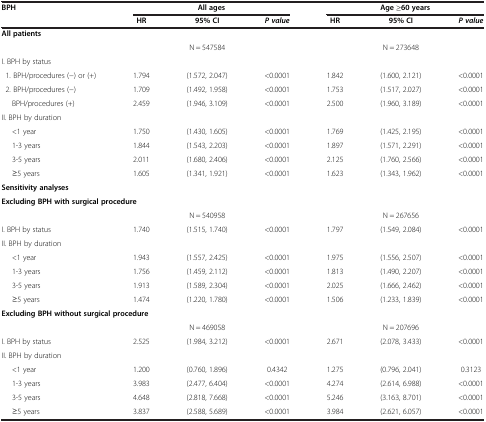
<table><thead><tr><td rowspan="2"><b>BPH</b></td><td colspan="3"><b>All ages</b></td><td colspan="3"><b>Age ≥60 years</b></td></tr><tr><td><b>HR</b></td><td><b>95% CI</b></td><td><b><i>P value</i></b></td><td><b>HR</b></td><td><b>95% CI</b></td><td><b><i>P value</i></b></td></tr></thead><tbody><tr><td><b>All patients</b></td><td> </td><td> </td><td> </td><td> </td><td> </td><td> </td></tr><tr><td> </td><td> </td><td>N = 547584</td><td> </td><td> </td><td>N = 273648</td><td> </td></tr><tr><td>I. BPH by status</td><td> </td><td> </td><td> </td><td> </td><td> </td><td> </td></tr><tr><td> 1. BPH/procedures (−) or (+)</td><td>1.794</td><td>(1.572, 2.047)</td><td>&lt;0.0001</td><td>1.842</td><td>(1.600, 2.121)</td><td>&lt;0.0001</td></tr><tr><td> 2. BPH/procedures (−)</td><td>1.709</td><td>(1.492, 1.958)</td><td>&lt;0.0001</td><td>1.753</td><td>(1.517, 2.027)</td><td>&lt;0.0001</td></tr><tr><td>BPH/procedures (+)</td><td>2.459</td><td>(1.946, 3.109)</td><td>&lt;0.0001</td><td>2.500</td><td>(1.960, 3.189)</td><td>&lt;0.0001</td></tr><tr><td>II. BPH by duration</td><td> </td><td> </td><td> </td><td> </td><td> </td><td> </td></tr><tr><td>&lt;1 year</td><td>1.750</td><td>(1.430, 1.605)</td><td>&lt;0.0001</td><td>1.769</td><td>(1.425, 2.195)</td><td>&lt;0.0001</td></tr><tr><td>1-3 years</td><td>1.844</td><td>(1.543, 2.203)</td><td>&lt;0.0001</td><td>1.897</td><td>(1.571, 2.291)</td><td>&lt;0.0001</td></tr><tr><td>3-5 years</td><td>2.011</td><td>(1.680, 2.406)</td><td>&lt;0.0001</td><td>2.125</td><td>(1.760, 2.566)</td><td>&lt;0.0001</td></tr><tr><td>≥5 years</td><td>1.605</td><td>(1.341, 1.921)</td><td>&lt;0.0001</td><td>1.623</td><td>(1.343, 1.962)</td><td>&lt;0.0001</td></tr><tr><td><b>Sensitivity analyses</b></td><td> </td><td> </td><td> </td><td> </td><td> </td><td> </td></tr><tr><td colspan="4"><b>Excluding BPH with surgical procedure</b></td><td> </td><td> </td><td> </td></tr><tr><td> </td><td> </td><td>N = 540958</td><td> </td><td> </td><td>N = 267656</td><td> </td></tr><tr><td>I. BPH by status</td><td>1.740</td><td>(1.515, 1.740)</td><td>&lt;0.0001</td><td>1.797</td><td>(1.549, 2.084)</td><td>&lt;0.0001</td></tr><tr><td>II. BPH by duration</td><td> </td><td> </td><td> </td><td> </td><td> </td><td> </td></tr><tr><td>&lt;1 year</td><td>1.943</td><td>(1.557, 2.425)</td><td>&lt;0.0001</td><td>1.975</td><td>(1.556, 2.507)</td><td>&lt;0.0001</td></tr><tr><td>1-3 years</td><td>1.756</td><td>(1.459, 2.112)</td><td>&lt;0.0001</td><td>1.813</td><td>(1.490, 2.207)</td><td>&lt;0.0001</td></tr><tr><td>3-5 years</td><td>1.913</td><td>(1.589, 2.304)</td><td>&lt;0.0001</td><td>2.025</td><td>(1.666, 2.462)</td><td>&lt;0.0001</td></tr><tr><td>≥5 years</td><td>1.474</td><td>(1.220, 1.780)</td><td>&lt;0.0001</td><td>1.506</td><td>(1.233, 1.839)</td><td>&lt;0.0001</td></tr><tr><td colspan="4"><b>Excluding BPH without surgical procedure</b></td><td> </td><td> </td><td> </td></tr><tr><td> </td><td> </td><td>N = 469058</td><td> </td><td> </td><td>N = 207696</td><td> </td></tr><tr><td>I. BPH by status</td><td>2.525</td><td>(1.984, 3.212)</td><td>&lt;0.0001</td><td>2.671</td><td>(2.078, 3.433)</td><td>&lt;0.0001</td></tr><tr><td>II. BPH by duration</td><td> </td><td> </td><td> </td><td> </td><td> </td><td> </td></tr><tr><td>&lt;1 year</td><td>1.200</td><td>(0.760, 1.896)</td><td>0.4342</td><td>1.275</td><td>(0.796, 2.041)</td><td>0.3123</td></tr><tr><td>1-3 years</td><td>3.983</td><td>(2.477, 6.404)</td><td>&lt;0.0001</td><td>4.274</td><td>(2.614, 6.988)</td><td>&lt;0.0001</td></tr><tr><td>3-5 years</td><td>4.648</td><td>(2.818, 7.668)</td><td>&lt;0.0001</td><td>5.246</td><td>(3.163, 8.701)</td><td>&lt;0.0001</td></tr><tr><td>≥5 years</td><td>3.837</td><td>(2.588, 5.689)</td><td>&lt;0.0001</td><td>3.984</td><td>(2.621, 6.057)</td><td>&lt;0.0001</td></tr></tbody></table>